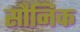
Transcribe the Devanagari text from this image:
सौनिक